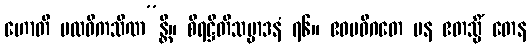
ဟောတိ ပထဝီကသိဏ”န္တိ။ စိရဋ္ဌိတိသမ္ပာဒနံ ၇၆။ ဧဝမဓိဂတေ ပန ဧတသ္မိံ တေန